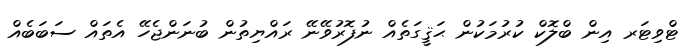
ޓްވިޓަރ އިން ބްލޮކް ކުރުމަކުން ޙަޤީގަތެއް ނުފޮރުވޭނޭ ރައްޔިތުން ބުނަންޖެހޭ އެތައް ސަބަބެއް